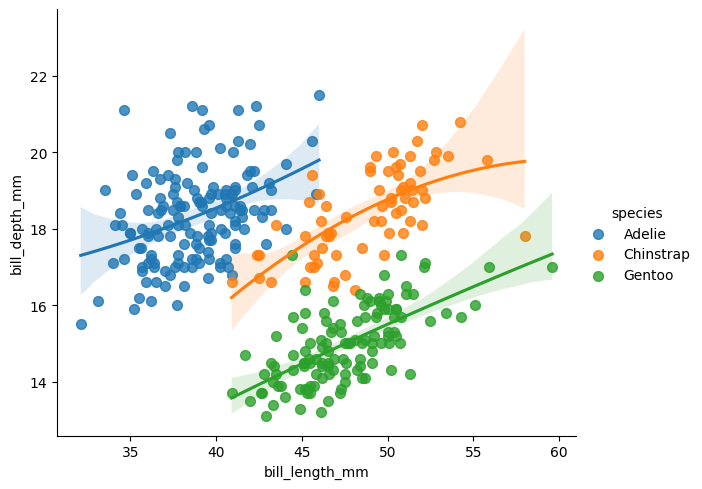
python, seaborn, lmplot, aspect=1.2, order=2, markers='o'